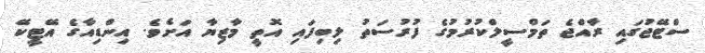
ސްޓޭޖުގައި ރާއްޖެ ތަމްސީލްކުރުމުގެ ފުރުސަތު ލިބިފައި އޮތީ މާޒިޔާ އަށެވެ. އިންޑިއާގެ އޭޓީކޭ